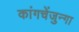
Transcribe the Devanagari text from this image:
कांगचेंजुन्गा